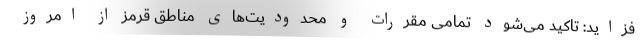
فزاید: تاکید می‌شود تمامی مقررات و محدودیت‌های مناطق قرمز از امروز